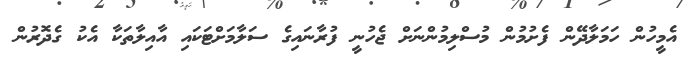
އެމީހުން ހަމަލާދޭން ފެށުމުން މުސްލިމުންނަށް ޖެހުނީ ފުރާނައިގެ ސަލާމަށްޓަކައި އާއިލާތަކާ އެކު ގެދޮރުން